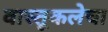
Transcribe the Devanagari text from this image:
वास्तूकलेचा